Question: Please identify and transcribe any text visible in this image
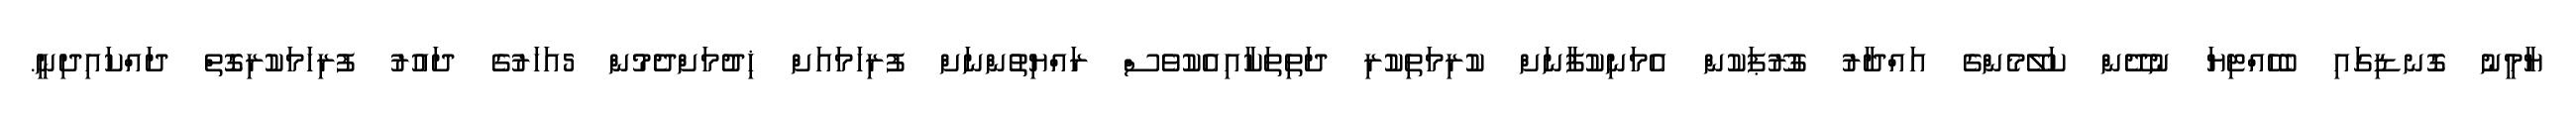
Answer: ޔާމީނު ގޮނޑިގައި ބެހެއްޓިޔަ ނުދޭން ކަލޭމެންގެ އައްދާރު ގުރޫޕަކުން އެމަނިކުފާނަށް ކުރިމަތިކުރި ދަތިތަކާއިއެކުވެސް ރައްޔިތުންނަށް ފުރިހަމައަށް ޚިދުމަށްދެމުން 5އަހަރުގެ ދައުރު ފުރިހަމަކުރިގޮތް ދައްކައިދިނީ.